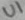
Text: U1